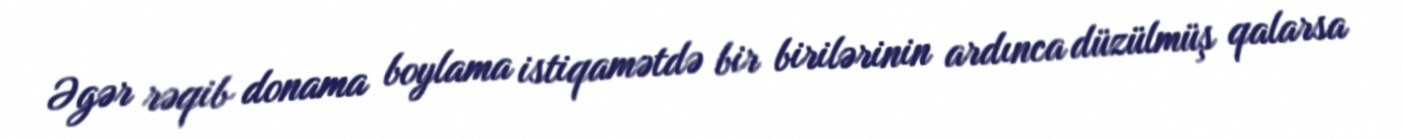
Əgər rəqib donama boylama istiqamətdə bir birilərinin ardınca düzülmüş qalarsa